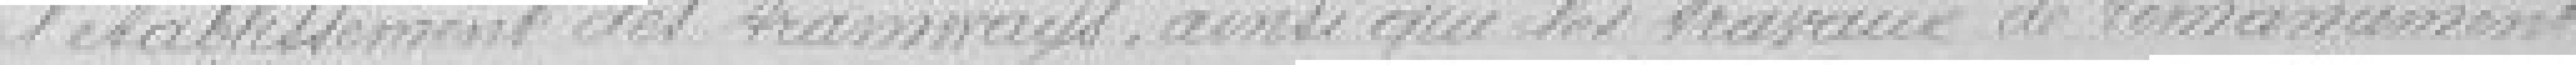
l'établissement des tramways, ainsi que les travaux de remaniement